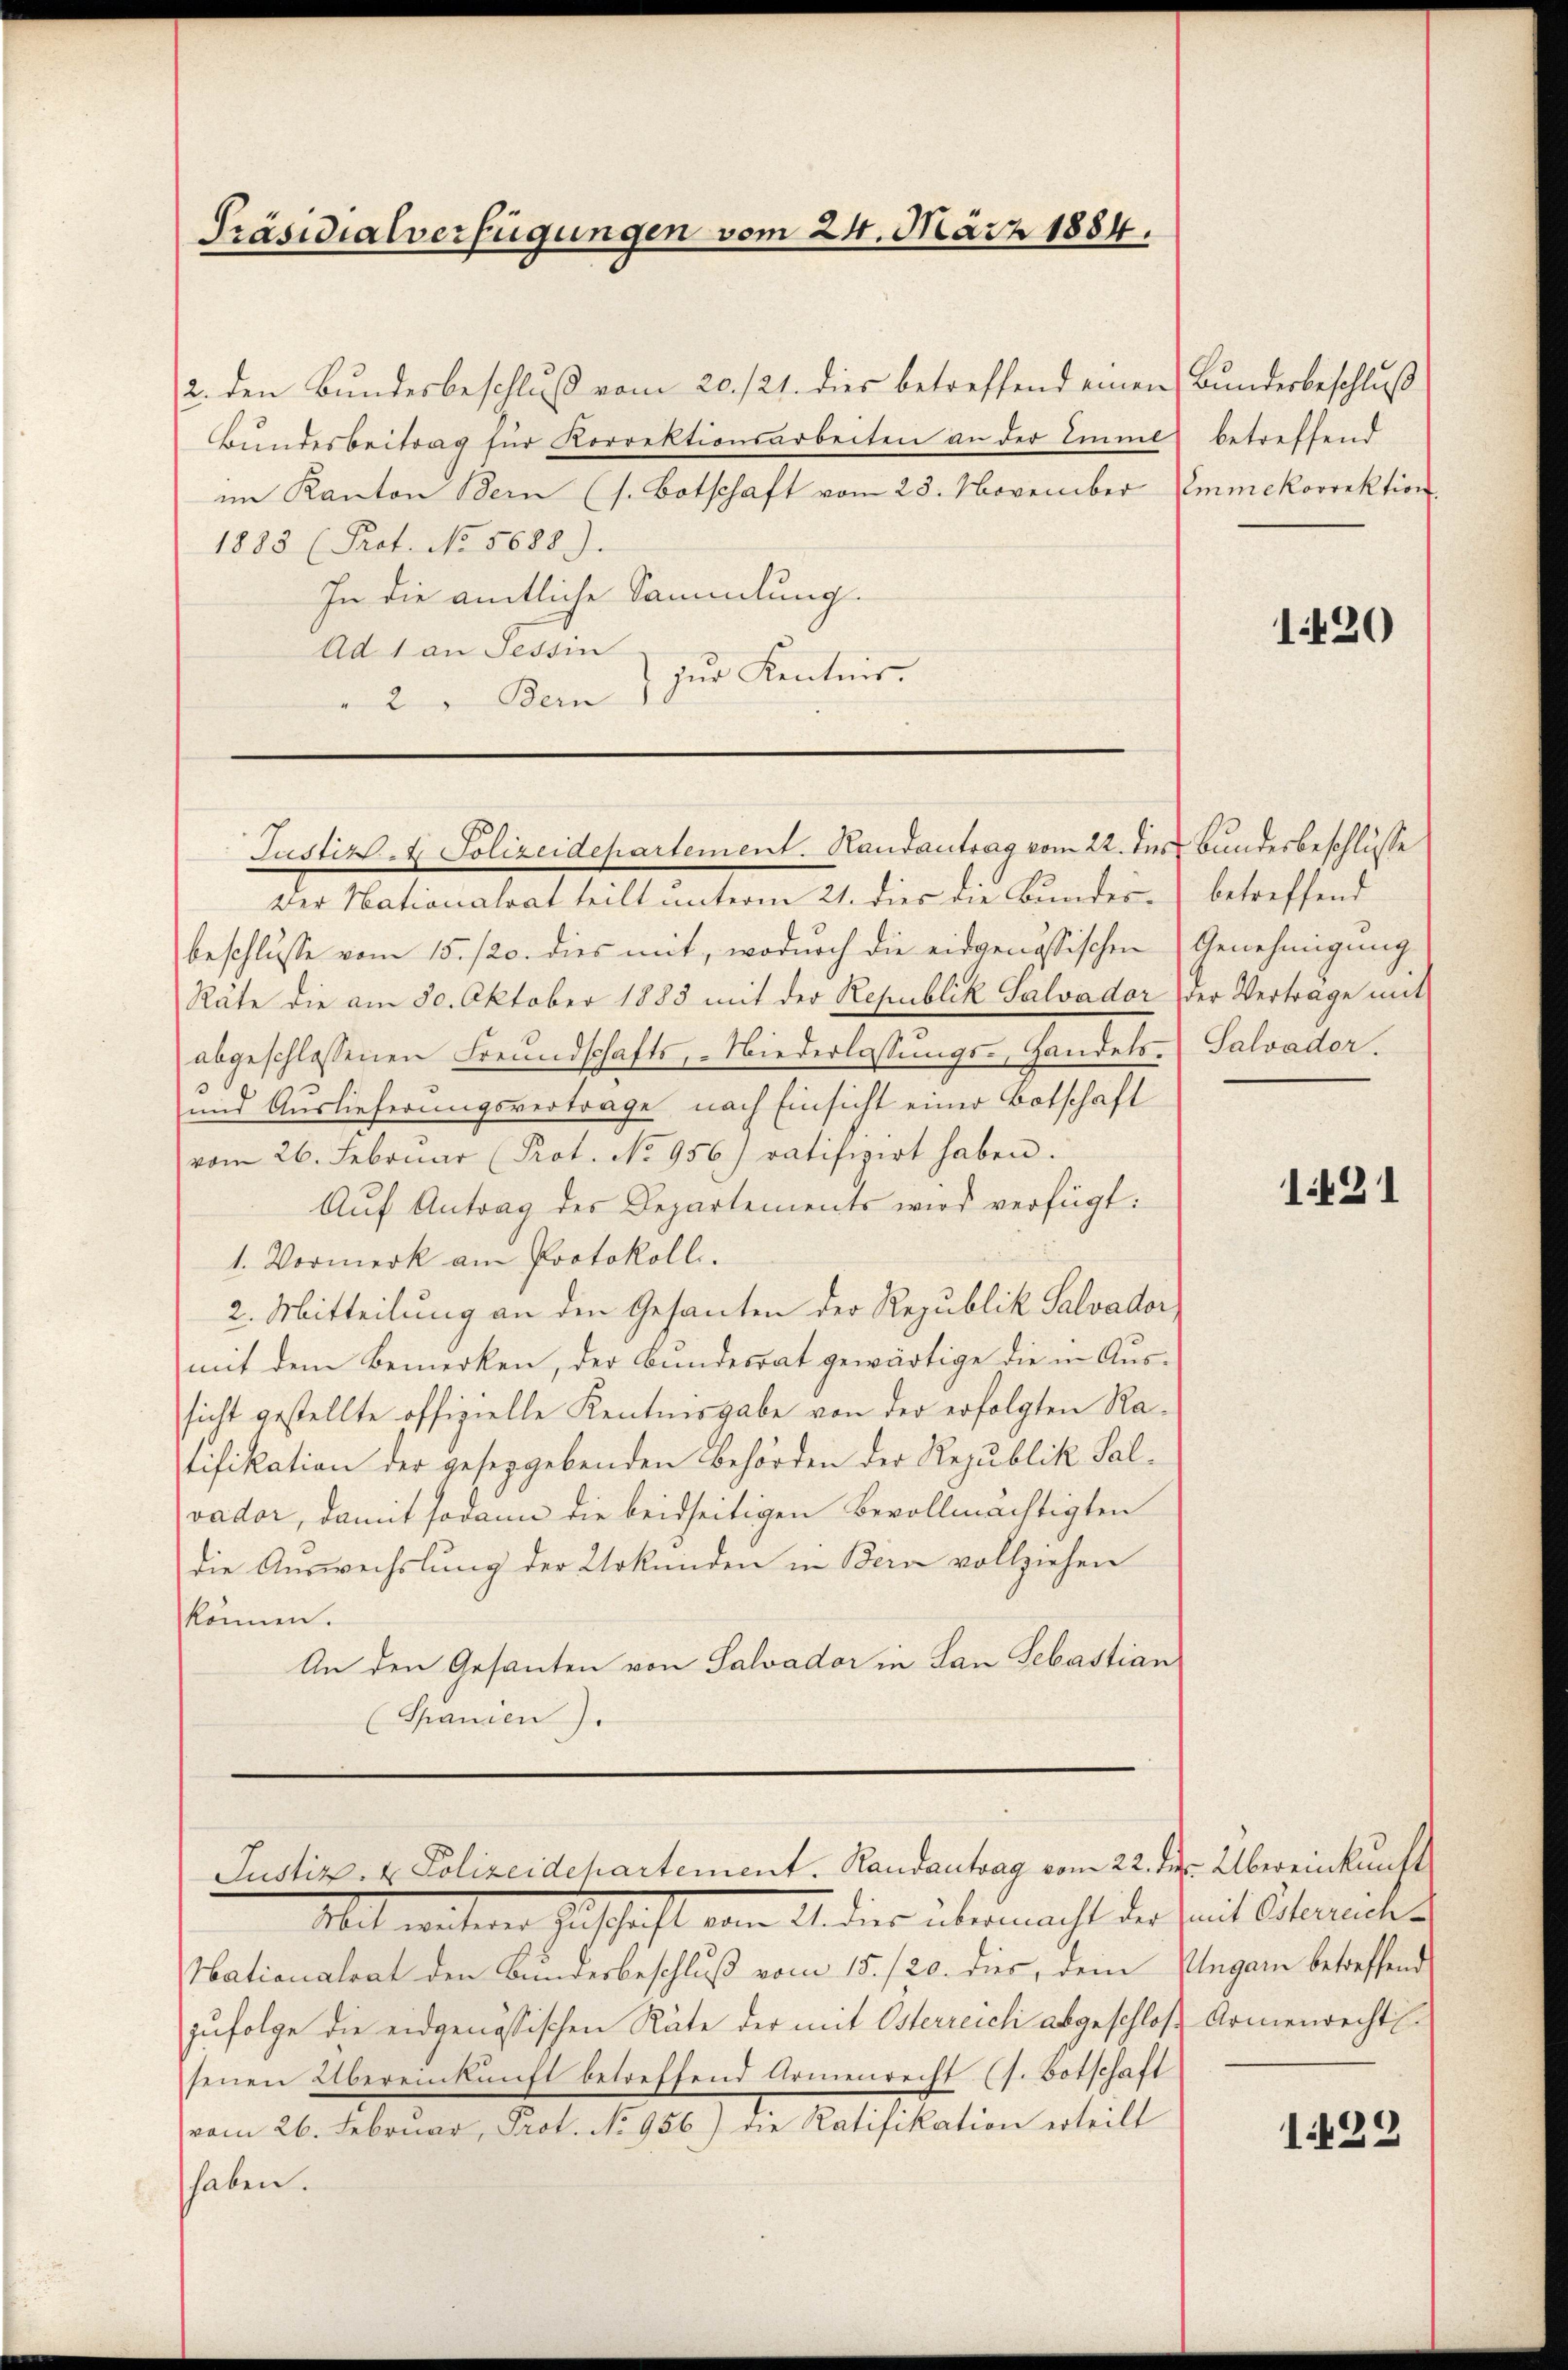
Präsidialverfügungen vom 24. März 1884.

2. den Bundesbeschluß vom 20./21. dies betreffend einen Bunderbeschluß
Bundesbeitrag für Korrektionsarbeiten an der Emme betreffend
im Kanton Bern (s. Botschaft vom 23. November
1883 (Prot. No. 5638).
In die amtliche Sammlung.
Ad 1 an Tessin
zur Kenntnis.
2 " Bern

Der Nationalrat teilt unterm 21. dies die Bundes- betreffend
beschlusse vom 15./20. dies mit, wodurch die eidgenössischen (Genehmigung
Räte die am 30. Oktober 1885 mit der Republik Salvador der Vertrage mit
abgeschlossenen Freundschafts, Niederlassŭngs- Handels- Salvader.
und Auslieferungsvertrage nach Einsicht einer Botschaft
vom 26. Febrŭar (Prot. No 956) ratifizirt haben.
Auf Antrag des Departements wird verfügt:
1. Vormerk am Protokoll.
2. Mitteilung an den Gesanten der Republik Salvador
mit dem Bemerken, der Bundesrat gewärtige die in Aussicht gestellte offizielle Kenntnisgabe von der erfolgten Ratifikation der gesetzgebenden Behörden der Republik Salvador, damit sodann die beidseitigen Bevollmächtigten
die Auswechslung der Urkunden in Bern vollziehen
können.
An den Gesanten von Salvador in San Sebastian
(Spanien).

Justiz- & Polizeidepartement. Handantrag vom 22. des Bundesbeschlüsse

Justiz- & Polizeidepartement. Randantrag vom 22. der Übereinkunft

Nationalrat den Bundesbeschluß vom 15./20. dies, dem Ungarn betreffend
zufolge die eidgenössischen Räte der mit Osterreich abgeschloß Armenrecht
senen Übereinkunft betreffend Armenrecht (s. Botschaft
vom 26. Februar, Prot. No 956) die Ratifikation erteilt
haben.

Mit weiterer Zuschaft vom 21. dies übermacht der Zeit Oberechen

Emmekorrektion

1420

1421

1429